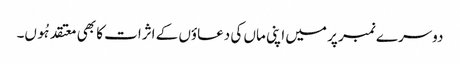
دوسرے نمبر پر میں اپنی ماں کی دعاؤں کے اثرات کا بھی معتقد ہُوں۔